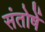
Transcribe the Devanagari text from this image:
संतोषें